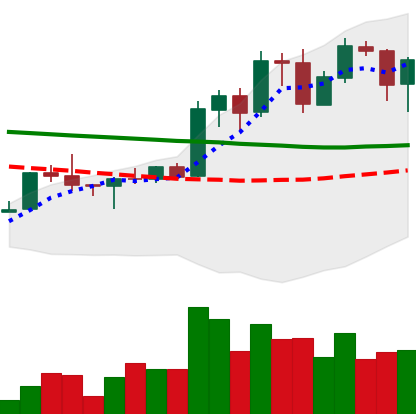
Ticker: ADA-USD
Chart end date: 2020-01-24
Forward return: 18.909%
Label: up_7plus